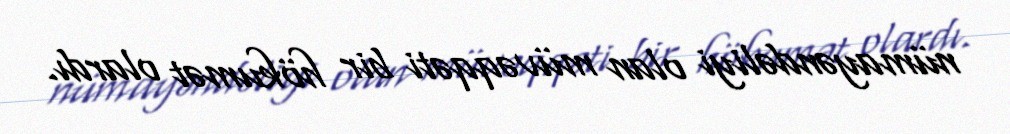
nümayəndəliyi olan müvəqqəti bir hökumət olardı.